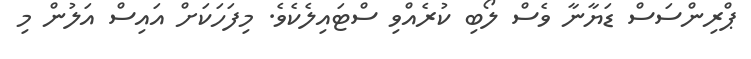
ޕްރިންސަސް ޑަޔާނާ ވެސް ލޯބި ކުރެއްވި ސްޓައިލެކެވެ. މިފަހަކަށް އައިސް އަލުން މި